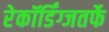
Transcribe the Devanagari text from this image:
रेकॉर्डिंग्जतर्फे